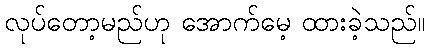
လုပ်တော့မည်ဟု အောက်မေ့ ထားခဲ့သည်။